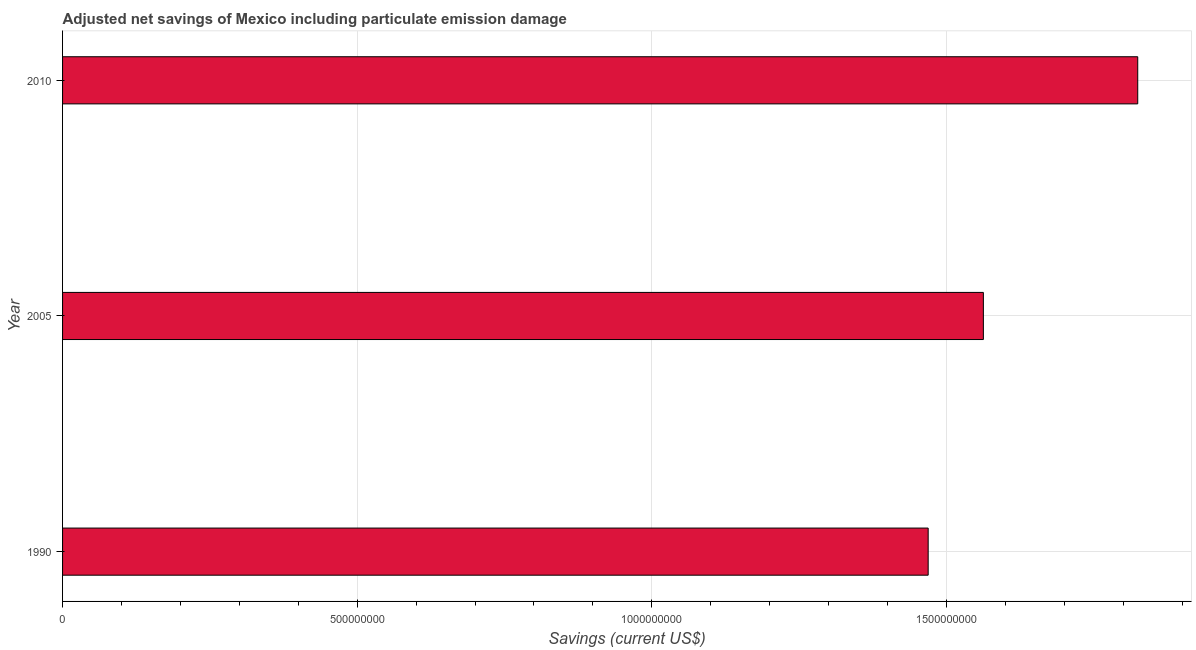
| Year | Adjusted savings: particulate emission damage (current US$) |
 | --- | --- |
 | 1990 | 1.47e+09 |
 | 2005 | 1.56e+09 |
 | 2010 | 1.82e+09 |